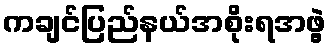
ကချင်ပြည်နယ်အစိုးရအဖွဲ့